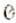
0